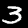
Label: 3